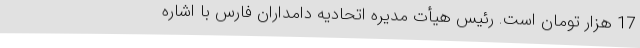
17 هزار تومان است. رئیس هیأت مدیره اتحادیه دامداران فارس با اشاره